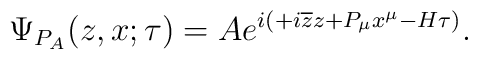
\Psi _{P_{A}}(z,x;\tau )=Ae^{i\left( +i\overline{z}z+P_{\mu }x^{\mu }-H\tau\right) }.